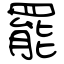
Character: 罷